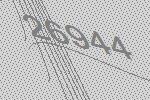
26944